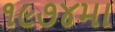
૧૯૭૪મા